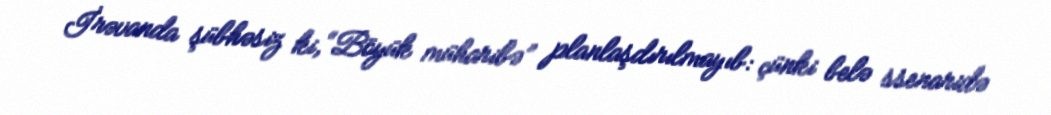
İrəvanda şübhəsiz ki, “Böyük müharibə” planlaşdırılmayıb: çünki belə ssenaridə